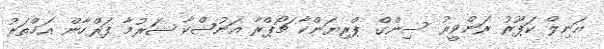
އަނިލް ކަޕޫރު ރަންވީރު ސިންގް ޕްރިޔަންކާ ޗޯޕްރާ އަނުޝްކާ ޝަރުމާ ފަރްހާން އަޚްތަރު